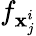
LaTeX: f_{\mathbf{x}_{j}^{i}}